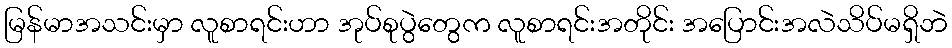
မြန်မာအသင်းမှာ လူစာရင်းဟာ အုပ်စုပွဲတွေက လူစာရင်းအတိုင်း အပြောင်းအလဲသိပ်မရှိဘဲ